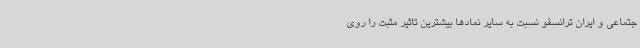
جتماعی و ایران ترانسفو نسبت به سایر نمادها بیشترین تاثیر مثبت را روی